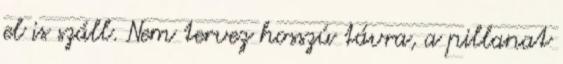
el is száll. Nem tervez hosszú távra, a pillanat